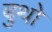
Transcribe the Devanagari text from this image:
बुथो